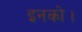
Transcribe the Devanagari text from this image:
इनको।